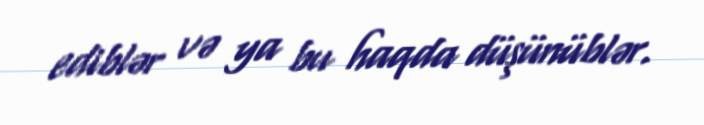
ediblər və ya bu haqda düşünüblər.